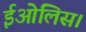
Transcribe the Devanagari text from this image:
ईओलिस।